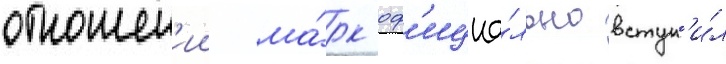
отношен'ии ма́рк оф'ициа́льно вступ'и́л